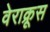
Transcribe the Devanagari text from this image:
वेराक्रूस